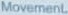
Movement